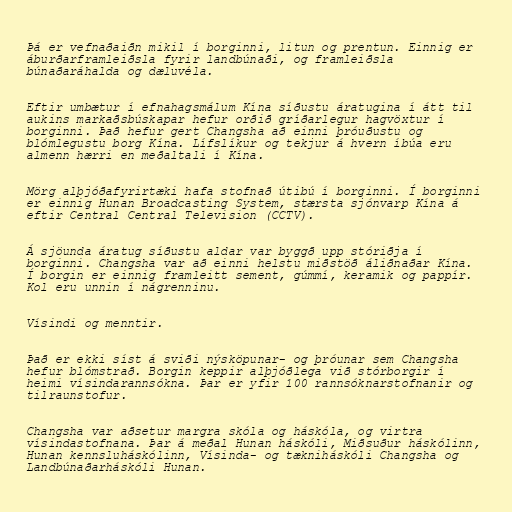
Þá er vefnaðaiðn mikil í borginni, litun og prentun. Einnig er
áburðarframleiðsla fyrir landbúnaði, og framleiðsla
búnaðaráhalda og dæluvéla.

Eftir umbætur í efnahagsmálum Kína síðustu áratugina í átt til
aukins markaðsbúskapar hefur orðið gríðarlegur hagvöxtur í
borginni. Það hefur gert Changsha að einni þróuðustu og
blómlegustu borg Kína. Lífslíkur og tekjur á hvern íbúa eru
almenn hærri en meðaltali í Kína.

Mörg alþjóðafyrirtæki hafa stofnað útibú í borginni. Í borginni
er einnig Hunan Broadcasting System, stærsta sjónvarp Kína á
eftir Central Central Television (CCTV).

Á sjöunda áratug síðustu aldar var byggð upp stóriðja í
borginni. Changsha var að einni helstu miðstöð áliðnaðar Kína.
Í borgin er einnig framleitt sement, gúmmí, keramik og pappír.
Kol eru unnin í nágrenninu.

Vísindi og menntir.

Það er ekki síst á sviði nýsköpunar- og þróunar sem Changsha
hefur blómstrað. Borgin keppir alþjóðlega við stórborgir í
heimi vísindarannsókna. Þar er yfir 100 rannsóknarstofnanir og
tilraunstofur.

Changsha var aðsetur margra skóla og háskóla, og virtra
vísindastofnana. Þar á meðal Hunan háskóli, Miðsuður háskólinn,
Hunan kennsluháskólinn, Vísinda- og tækniháskóli Changsha og
Landbúnaðarháskóli Hunan.